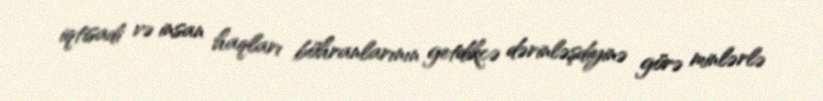
iqtisadi və insan haqları böhranlarının getdikcə dərinləşdiyinə görə minlərlə